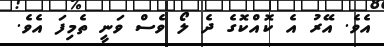
އެވެ. އޭރު އެ ކޮއްކޮގެ ދެ ލޯ ވެސް ވަނީ ތެމިފަ އެވެ.